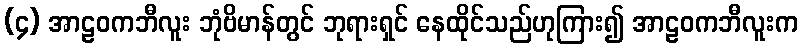
(၄) အာဠဝကဘီလူး ဘုံဗိမာန်တွင် ဘုရားရှင် နေထိုင်သည်ဟုကြား၍ အာဠဝကဘီလူးက